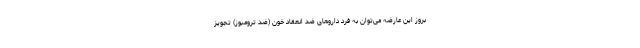
بروز این عارضه می‌توان به فرد داروهای ضد انعقاد خون (ضد ترومبوز) تجویز